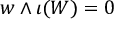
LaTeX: w \wedge \iota ( W ) = 0